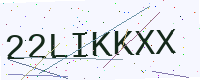
Text: 22LIKKXX